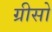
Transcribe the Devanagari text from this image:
ग्रीसो